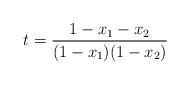
LaTeX: \begin{align*}t=\dfrac{1-x_1-x_2}{(1-x_1)(1-x_2)}\end{align*}